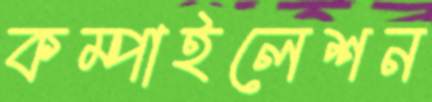
কম্পাইলেশন